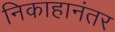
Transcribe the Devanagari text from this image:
निकाहानंतर